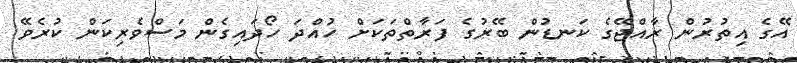
އޭގެ އިތުރުން ރާއްޖޭގެ ކަނޑުން ބޭރުގެ ފަރާތްތަކަށް ހުއްދަ ހޯދައިގެން މަސްވެރިކަން ކުރެވޭ